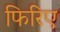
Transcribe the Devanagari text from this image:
फिरिए